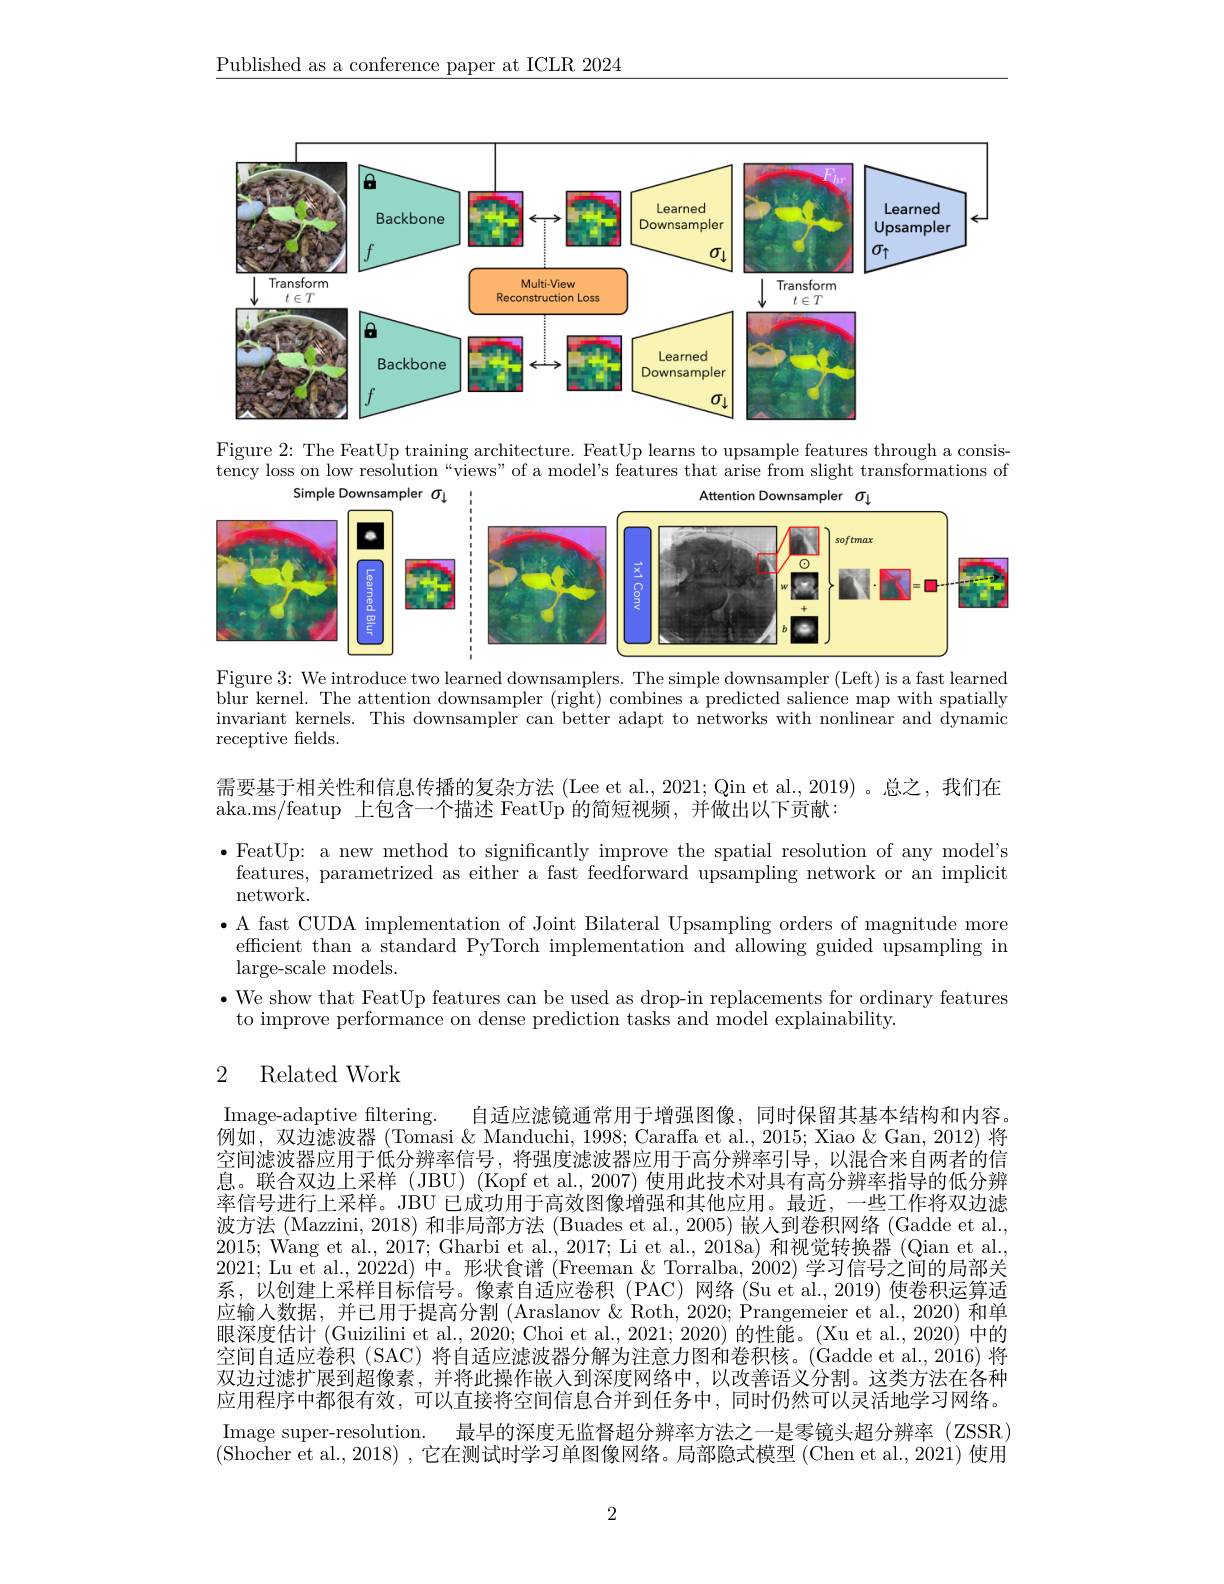
$\underline{\text{Published as a conference paper at ICLR 2024}}$

<FigureHere>

Figure 2: The FeatUp training architecture. FeatUp learns to upsample features through a consistency loss on low resolution “views” of a model's features that arise from slight transformations of
<FigureHere>

Figure 3: We introduce two learned downsamplers. The simple downsampler (Left) is a fast learned

blur kernel. The attention downsampler (right) combines a predicted salience map with spatially invariant kernels. This downsampler can better adapt to networks with nonlinear and dynamic receptive felds.

需要基于相关性和信息传播的复杂方法 (Lee et al., 2021; Qin et al., 2019) 。总之，我们在
aka.ms/featup 上包含一个描述 FeatUp 的简短视频，并做出以下贡献：
·FeatUp: a new method to significantly improve the spatial resolution of any model's
features, parametrized as either a fast feedforward upsampling network or an implicit
network.
$\bullet$ A fast CUDA implementation of Joint Bilateral Upsampling orders of magnitude more
efficient than a standard PyTorch implementation and allowing guided upsampling in
${\mathrm{large-scale~models.}}$
$\bullet$ We show that FeatUp features can be used as drop-in replacements for ordinary features
to improve performance on dense prediction tasks and model explainability.

## 2 Related Work

Image-adaptive filtering.
自适应滤镜通常用于增强图像，同时保留其基本结构和内容。
例如，双边滤波器 (Tomasi & Manduchi, 1998; Caraffa et al., 2015; Xiao & Gan, 2012) 将空间滤波器应用于低分辨率信号，将强度滤波器应用于高分辨率引导，以混合来自两者的信息。联合双边上采样(JBU)(Kopf et al., 2007) 使用此技术对具有高分辨率指导的低分辨率信号进行上采样。JBU 已成功用于高效图像增强和其他应用。最近，一些工作将双边滤波方法 (Mazzini, 2018) 和非局部方法 (Buades et al., 2005) 嵌人到卷积网络 (Gadde et al., 2015; Wang et al., 2017; Gharbi et al., 2017; Li et al., 2018a) 和视觉转换器 (Qian et al. 2021; Lu et al., 2022d) 中。形状食谱 (Freeman & Torralba, 2002)学习信号之间的局部关系，以创建上采样目标信号。像素自适应卷积(PAC)网络(Suetal.,2019)使卷积运算适应输入数据，并已用于提高分割 (Araslanov & Roth, 2020; Prangemeier et al., 2020) 和单眼深度估计 (Guizilini et al., 2020; Choi et al., 2021; 2020) 的性能。(Xu et al., 2020) 中的空间自适应卷积(SAC)将自适应滤波器分解为注意力图和卷积核。(Gadde et al., 2016)将双边过滤扩展到超像素，并将此操作嵌人到深度网络中，以改善语义分割。这类方法在各种应用程序中都很有效，可以直接将空间信息合并到任务中，同时仍然可以灵活地学习网络。Image super-resolution. 最早的深度无监督超分辨率方法之一是零镜头超分辨率 (ZSSR) (Shocher et al.,2018), 它在测试时学习单图像网络。局部隐式模型 (Chen et al., 2021) 使用

2